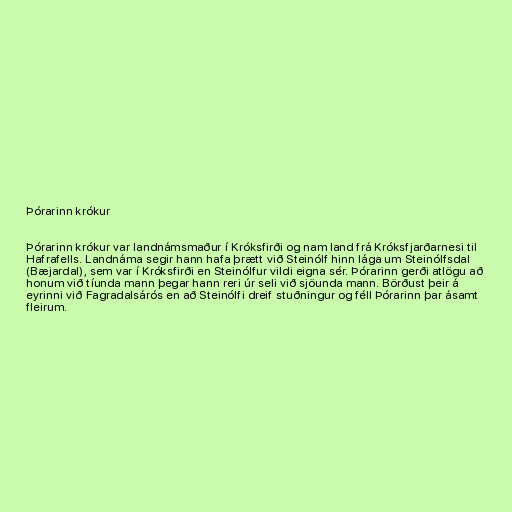
Þórarinn krókur

Þórarinn krókur var landnámsmaður í Króksfirði og nam land frá Króksfjarðarnesi til
Hafrafells. Landnáma segir hann hafa þrætt við Steinólf hinn lága um Steinólfsdal
(Bæjardal), sem var í Króksfirði en Steinólfur vildi eigna sér. Þórarinn gerði atlögu að
honum við tíunda mann þegar hann reri úr seli við sjöunda mann. Börðust þeir á
eyrinni við Fagradalsárós en að Steinólfi dreif stuðningur og féll Þórarinn þar ásamt
fleirum.